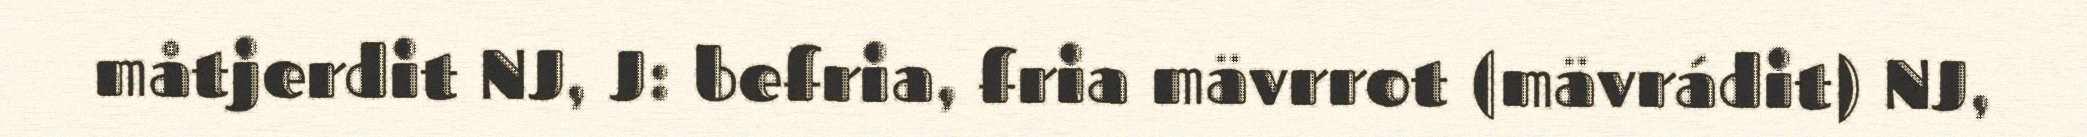
måtjerdit NJ, J: befria, fria mävrrot (mävrádit) NJ,